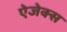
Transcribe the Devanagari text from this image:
ऐजेक्स